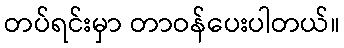
တပ်ရင်းမှာ တာဝန်ပေးပါတယ်။